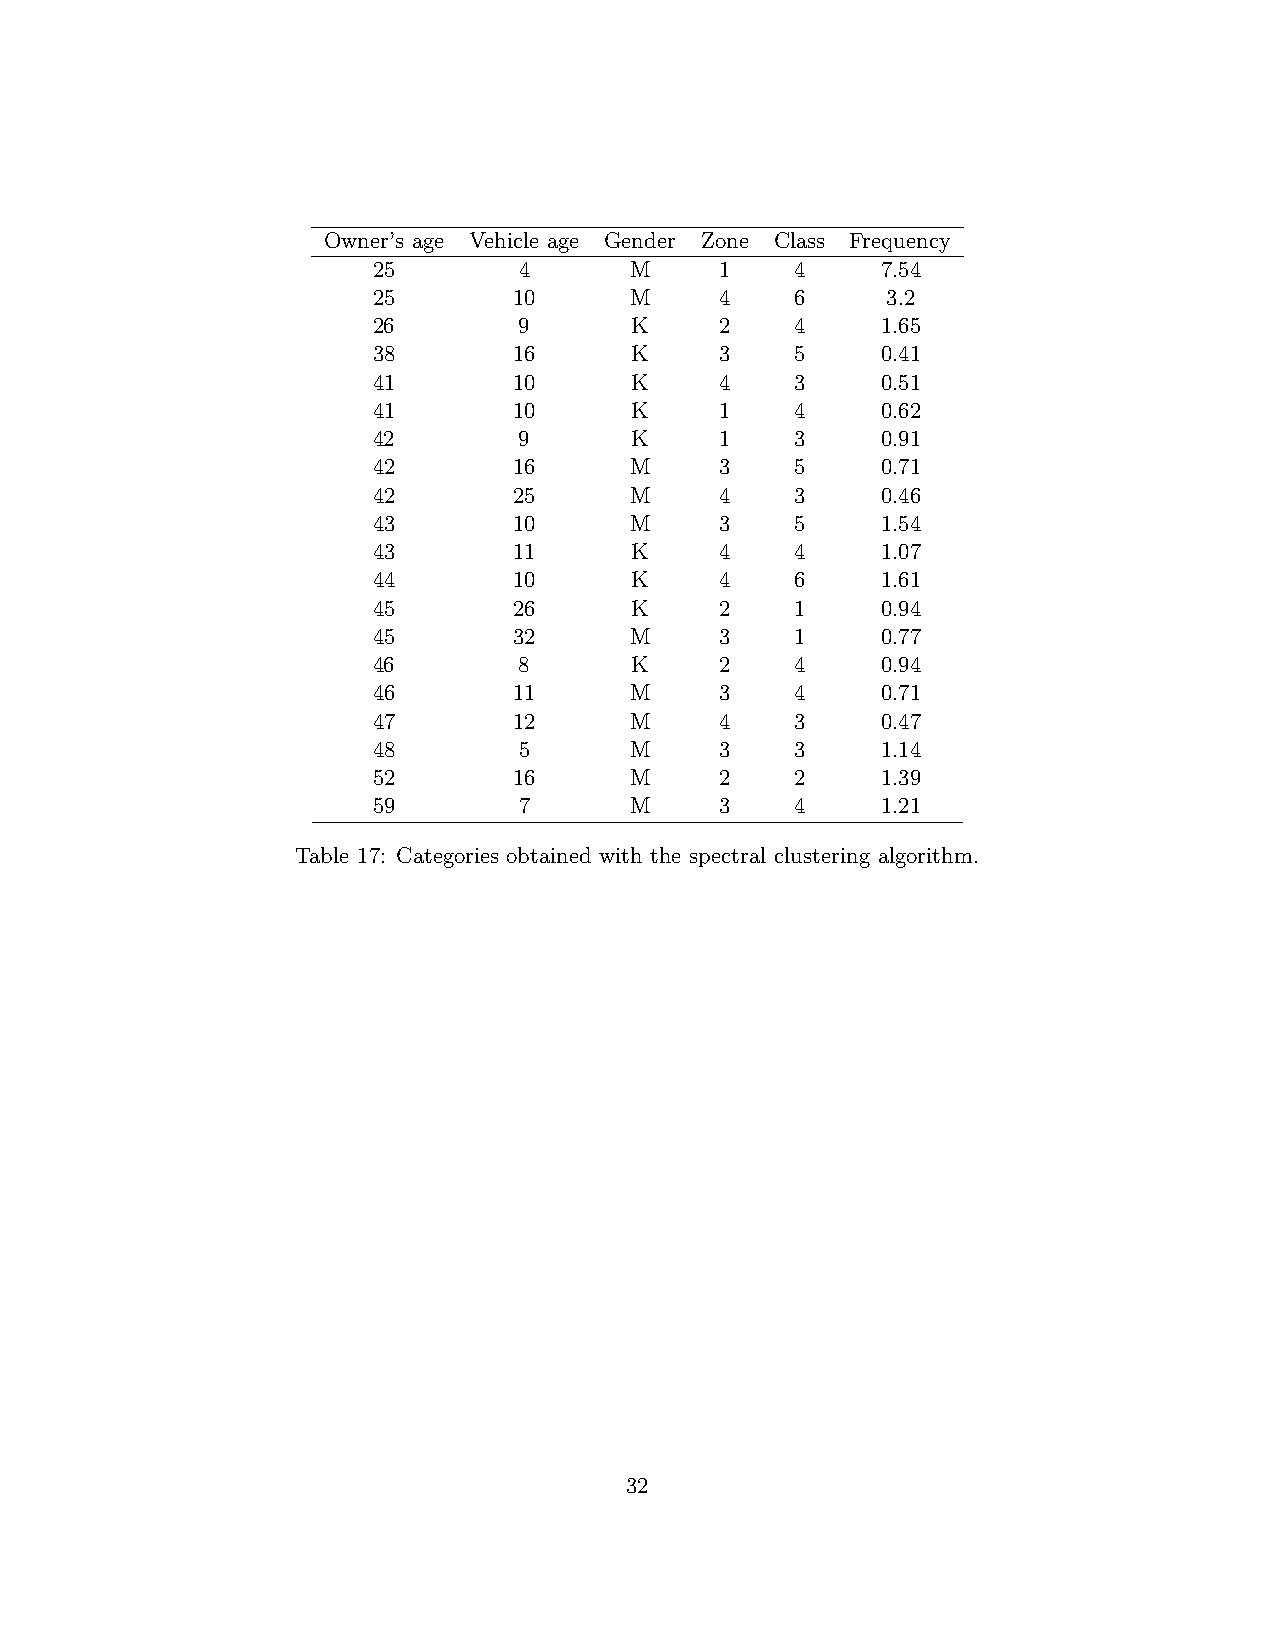
Owner’s age Vehicle age Gender Zone Class Frequency
 25       4       M     1    4    7.54
 25       10      M     4    6     3.2
 26       9       K     2    4    1.65
 38       16      K     3    5    0.41
 41       10      K     4    3    0.51
 41       10      K     1    4    0.62
 42       9       K     1    3    0.91
 42       16      M     3    5    0.71
 42       25      M     4    3    0.46
 43       10      M     3    5    1.54
 43       11      K     4    4    1.07
 44       10      K     4    6    1.61
 45       26      K     2    1    0.94
 45       32      M     3    1    0.77
 46       8       K     2    4    0.94
 46       11      M     3    4    0.71
 47       12      M     4    3    0.47
 48       5       M     3    3    1.14
 52       16      M     2    2    1.39
 59       7       M     3    4    1.21
 Table 17: Categories obtained with the spectral clustering algorithm.
 32